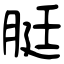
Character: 脡